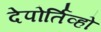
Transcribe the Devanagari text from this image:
देपोर्तिव्हो